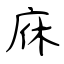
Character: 庥